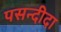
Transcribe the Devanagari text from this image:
पसन्‍दीदा